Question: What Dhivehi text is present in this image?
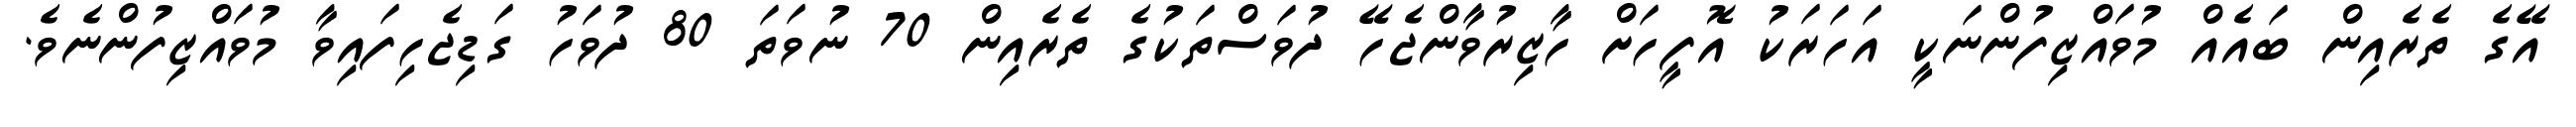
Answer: އޭގެ ތެރެއިން ބައެއް މުވައްޒިފުންނަކީ އަހަރަކު އޮފީހަށް ހާޒިރުވާންޖެހޭ ދުވަސްތަކުގެ ތެރެއިން 70 ނުވަތަ 80 ދުވަހު ގަޑިޖެހިފައިވާ މުވައްޒިފުންނެވެ.